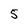
Character: 5